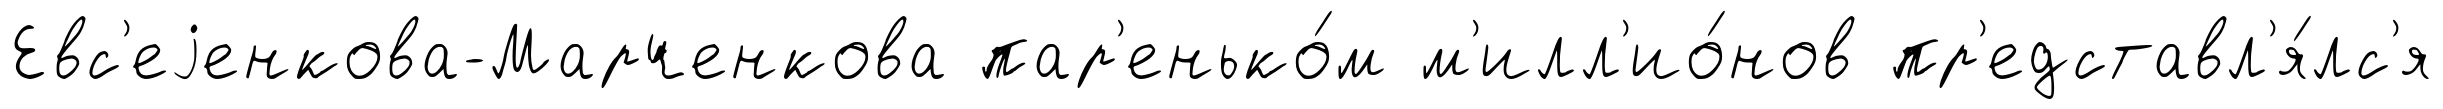
Евс'еjенкова-Марченкова пар'енько́м м'илл'ио́нов пр'едставл'я́лс'я